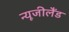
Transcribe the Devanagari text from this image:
न्‍यूजीलैंड